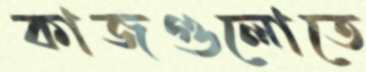
কাজগুলোতে